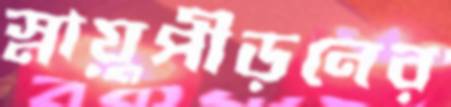
স্নায়ুপীড়নের